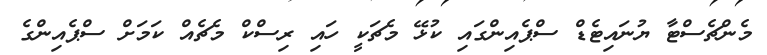
މެންޗެސްޓާ ޔުނައިޓެޑް ސްޕެއިންގައި ކުޅޭ މެޗަކީ ހައި ރިސްކް މެޗެއް ކަމަށް ސްޕެއިންގެ